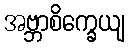
အဗ္ဘာစိက္ခေယျ